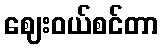
ဈေးဝယ်စင်တာ